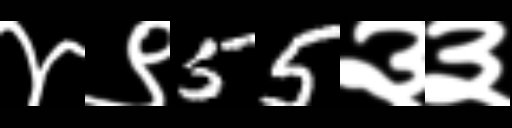
Text: ४९55३३